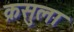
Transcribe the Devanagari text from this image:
क्रसुला